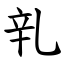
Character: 乵